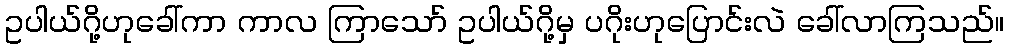
ဥပါယ်ဂို့ဟုခေါ်ကာ ကာလ ကြာသော် ဥပါယ်ဂို့မှ ပဂိုးဟုပြောင်းလဲ ခေါ်လာကြသည်။